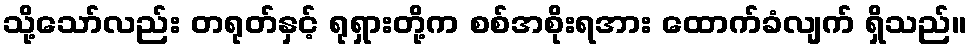
သို့သော်လည်း တရုတ်နှင့် ရုရှားတို့က စစ်အစိုးရအား ထောက်ခံလျက် ရှိသည်။